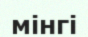
мінгі